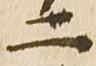
二